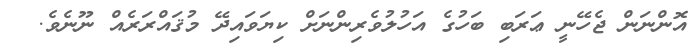
އޮންނަން ޖެހޭނީ ޢަރަބި ބަހުގެ އަހުލުވެރިންނަށް ކިޔަވައިދޭ މުޤައްރަރެއް ނޫނެވެ.